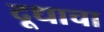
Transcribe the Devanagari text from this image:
दूधाचा